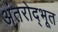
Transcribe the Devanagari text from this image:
अंतरोद्भूत